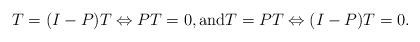
LaTeX: \begin{align*}T=(I-P)T \Leftrightarrow PT=0,\mbox{and} T=PT \Leftrightarrow (I-P)T=0.\end{align*}